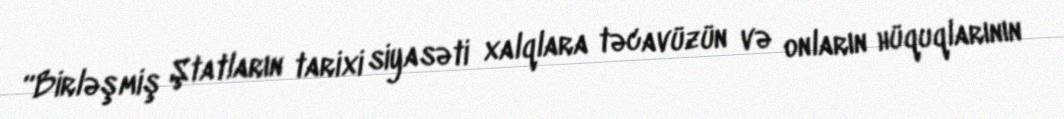
“Birləşmiş Ştatların tarixi siyasəti xalqlara təcavüzün və onların hüquqlarının